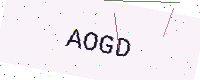
Text: AOGD